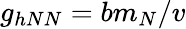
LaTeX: g_{hNN}=bm_{N}/v